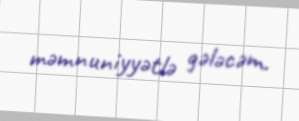
məmnuniyyətlə gələcəm.